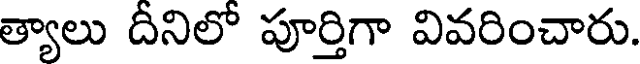
త్యాలు దీనిలో పూర్తిగా వివరించారు.